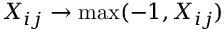
X _ { i j } \rightarrow \operatorname* { m a x } ( - 1 , X _ { i j } )